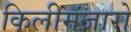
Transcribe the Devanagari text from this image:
किलीमंजारो